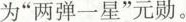
为”两弹一星”元勋。